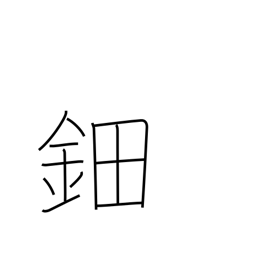
Meaning: ornamental hairpiece